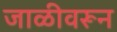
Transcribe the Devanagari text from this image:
जाळीवरून